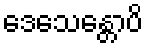
ဒေသေန္တောပိ